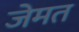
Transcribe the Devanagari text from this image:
जेमत